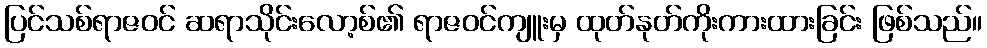
ပြင်သစ်ရာဇဝင် ဆရာသိုင်းလော့စ်၏ ရာဇဝင်ကျူးမှ ထုတ်နုတ်ကိုးကားထားခြင်း ဖြစ်သည်။